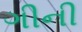
ગીની